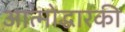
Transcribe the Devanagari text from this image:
आत्मोद्धारकी